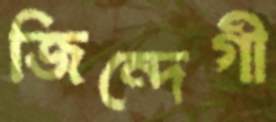
জিন্দেগী